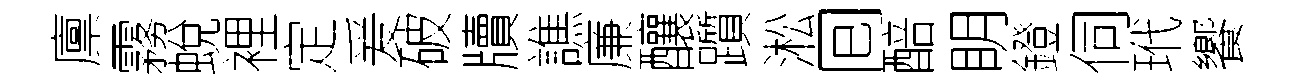
廪霧蛻裡定爰破牘譙廉釀躓淞囘醅眀鐙伺玳饗